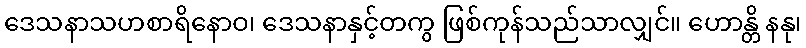
ဒေသနာသဟစာရိနောဝ၊ ဒေသနာနှင့်တကွ ဖြစ်ကုန်သည်သာလျှင်။ ဟောန္တိ နနု၊